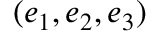
( e _ { 1 } , e _ { 2 } , e _ { 3 } )